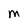
Character: M